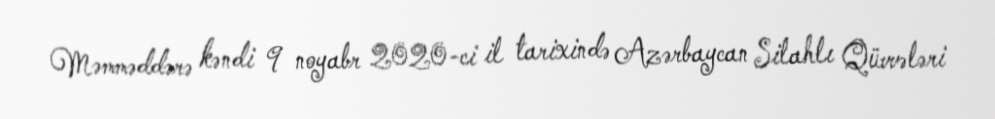
Məmməddərə kəndi 9 noyabr 2020-ci il tarixində Azərbaycan Silahlı Qüvvələri